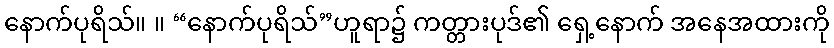
နောက်ပုရိသ်။ ။ “နောက်ပုရိသ်”ဟူရာ၌ ကတ္တားပုဒ်၏ ရှေ့နောက် အနေအထားကို